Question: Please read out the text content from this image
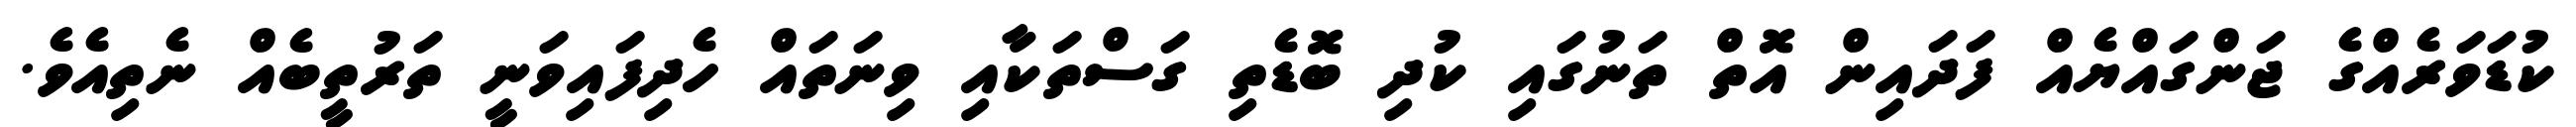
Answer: ކުޑަވަރެއްގެ ޖަންގައްޔެއް ފަދައިން އޮތް ތަނުގައި ކުދި ބޮޑެތި ގަސްތަކާއި ވިނަތައް ހެދިފައިވަނީ ތަރުތީބެއް ނެތިއެވެ.